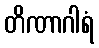
တိဏာဂါရံ